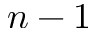
n - 1